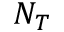
N _ { T }